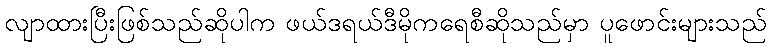
လျာထားပြီးဖြစ်သည်ဆိုပါက ဖယ်ဒရယ်ဒီမိုကရေစီဆိုသည်မှာ ပူဖောင်းများသည်